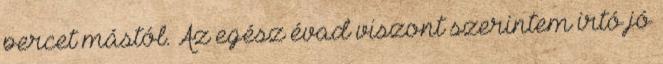
percet mástól. Az egész évad viszont szerintem irtó jó